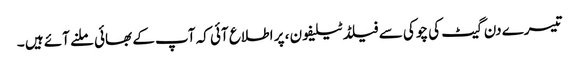
تیسرے دن گیٹ کی چوکی سے فیلڈ ٹیلیفون ، پر اطلاع آئی کہ آپ کے بھائی ملنے آئے ہیں ۔